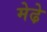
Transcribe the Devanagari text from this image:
मेढे़